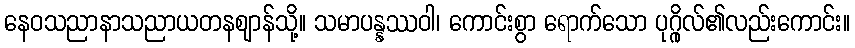
နေဝသညာနာသညာယတနဈာန်သို့။ သမာပန္နဿဝါ၊ ကောင်းစွာ ရောက်သော ပုဂ္ဂိုလ်၏လည်းကောင်း။